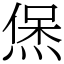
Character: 㷛